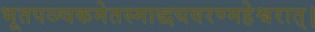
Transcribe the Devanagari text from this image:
भूतपञ्चकमेतस्माद्धयवरण्महेश्वरात्।